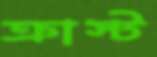
ক্রাস্ট